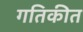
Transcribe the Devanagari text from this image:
गतिकीत